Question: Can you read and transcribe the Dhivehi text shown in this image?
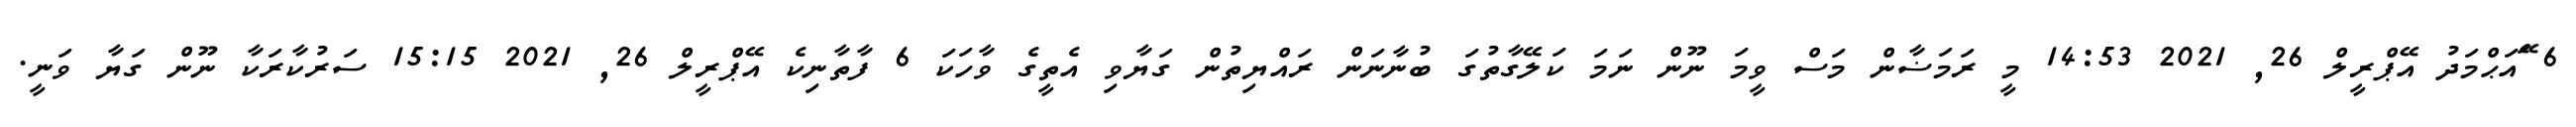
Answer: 6 ޭައަޙްމަދު އޭޕްރީލް 26, 2021 14:53 މީ ރަމަޟާން މަސް ވީމަ ނޫން ނަމަ ކަލޭގާތުގަ ބުނާނަން ރައްޔިތުން ގަޔާވި އެތީގެ ވާހަކަ 6 ފާތާނިކެ އޭޕްރީލް 26, 2021 15:15 ސަރުކާރަކާ ނޫން ގަޔާ ވަނީ.